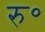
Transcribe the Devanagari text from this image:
रु॰